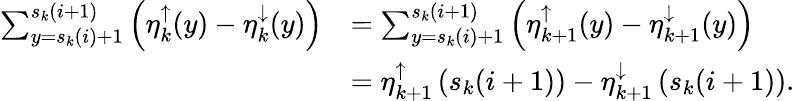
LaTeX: \begin{array}{rl}{\sum_{y=s_{k}(i)+1}^{s_{k}(i+1)}\left(\eta_{k}^{\uparrow}(y)-\eta_{k}^{\downarrow}(y)\right)}&{=\sum_{y=s_{k}(i)+1}^{s_{k}(i+1)}\left(\eta_{k+1}^{\uparrow}(y)-\eta_{k+1}^{\downarrow}(y)\right)}\\ &{=\eta_{k+1}^{\uparrow}\left(s_{k}(i+1)\right)-\eta_{k+1}^{\downarrow}\left(s_{k}(i+1)\right).}\end{array}